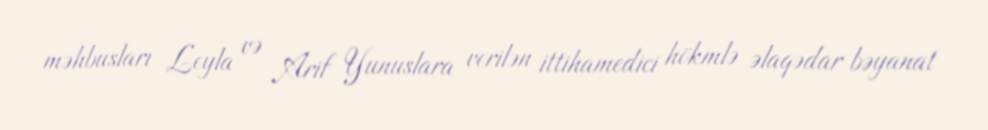
məhbusları Leyla və Arif Yunuslara verilən ittihamedici hökmlə əlaqədar bəyanat